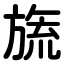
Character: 旒